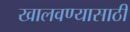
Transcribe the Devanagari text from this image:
खालवण्यासाठी